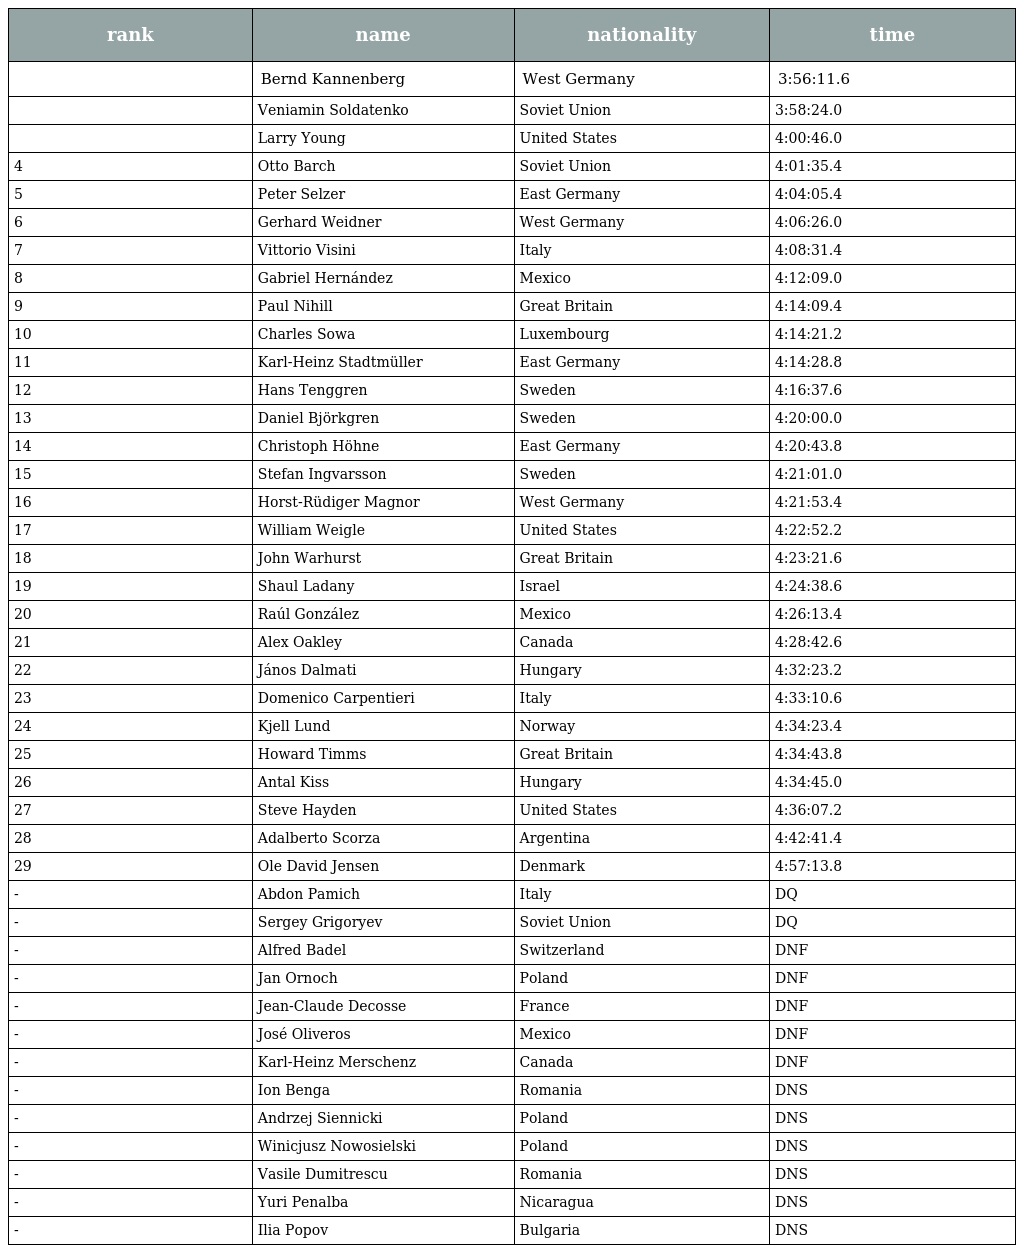
| rank | name | nationality | time |
 | --- | --- | --- | --- |
 |  | Bernd Kannenberg | West Germany | 3:56:11.6 |
 |  | Veniamin Soldatenko | Soviet Union | 3:58:24.0 |
 |  | Larry Young | United States | 4:00:46.0 |
 | 4 | Otto Barch | Soviet Union | 4:01:35.4 |
 | 5 | Peter Selzer | East Germany | 4:04:05.4 |
 | 6 | Gerhard Weidner | West Germany | 4:06:26.0 |
 | 7 | Vittorio Visini | Italy | 4:08:31.4 |
 | 8 | Gabriel Hernández | Mexico | 4:12:09.0 |
 | 9 | Paul Nihill | Great Britain | 4:14:09.4 |
 | 10 | Charles Sowa | Luxembourg | 4:14:21.2 |
 | 11 | Karl-Heinz Stadtmüller | East Germany | 4:14:28.8 |
 | 12 | Hans Tenggren | Sweden | 4:16:37.6 |
 | 13 | Daniel Björkgren | Sweden | 4:20:00.0 |
 | 14 | Christoph Höhne | East Germany | 4:20:43.8 |
 | 15 | Stefan Ingvarsson | Sweden | 4:21:01.0 |
 | 16 | Horst-Rüdiger Magnor | West Germany | 4:21:53.4 |
 | 17 | William Weigle | United States | 4:22:52.2 |
 | 18 | John Warhurst | Great Britain | 4:23:21.6 |
 | 19 | Shaul Ladany | Israel | 4:24:38.6 |
 | 20 | Raúl González | Mexico | 4:26:13.4 |
 | 21 | Alex Oakley | Canada | 4:28:42.6 |
 | 22 | János Dalmati | Hungary | 4:32:23.2 |
 | 23 | Domenico Carpentieri | Italy | 4:33:10.6 |
 | 24 | Kjell Lund | Norway | 4:34:23.4 |
 | 25 | Howard Timms | Great Britain | 4:34:43.8 |
 | 26 | Antal Kiss | Hungary | 4:34:45.0 |
 | 27 | Steve Hayden | United States | 4:36:07.2 |
 | 28 | Adalberto Scorza | Argentina | 4:42:41.4 |
 | 29 | Ole David Jensen | Denmark | 4:57:13.8 |
 | - | Abdon Pamich | Italy | DQ |
 | - | Sergey Grigoryev | Soviet Union | DQ |
 | - | Alfred Badel | Switzerland | DNF |
 | - | Jan Ornoch | Poland | DNF |
 | - | Jean-Claude Decosse | France | DNF |
 | - | José Oliveros | Mexico | DNF |
 | - | Karl-Heinz Merschenz | Canada | DNF |
 | - | Ion Benga | Romania | DNS |
 | - | Andrzej Siennicki | Poland | DNS |
 | - | Winicjusz Nowosielski | Poland | DNS |
 | - | Vasile Dumitrescu | Romania | DNS |
 | - | Yuri Penalba | Nicaragua | DNS |
 | - | Ilia Popov | Bulgaria | DNS |